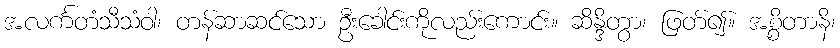
အလင်္ကတံသီသံဝါ၊ တန်ဆာဆင်သော ဦးခေါင်းကိုလည်းကောင်း။ ဆိန္ဒိတွာ၊ ဖြတ်၍။ အစ္စိတာနိ၊